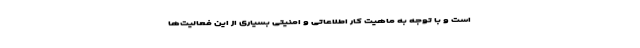
است و با توجه به ماهیت کار اطلاعاتی و امنیتی بسیاری از این فعالیت‌ها